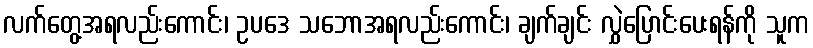
လက်တွေ့အရလည်းကောင်း၊ ဥပဒေ သဘောအရလည်းကောင်း၊ ချက်ချင်း လွှဲပြောင်းပေးရန်ကို သူက